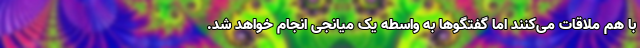
با هم ملاقات می‌کنند اما گفتگوها به واسطه یک میانجی انجام خواهد شد.